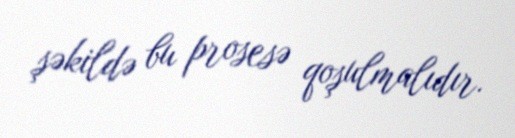
şəkildə bu prosesə qoşulmalıdır.